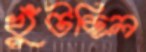
খুঁটছিল